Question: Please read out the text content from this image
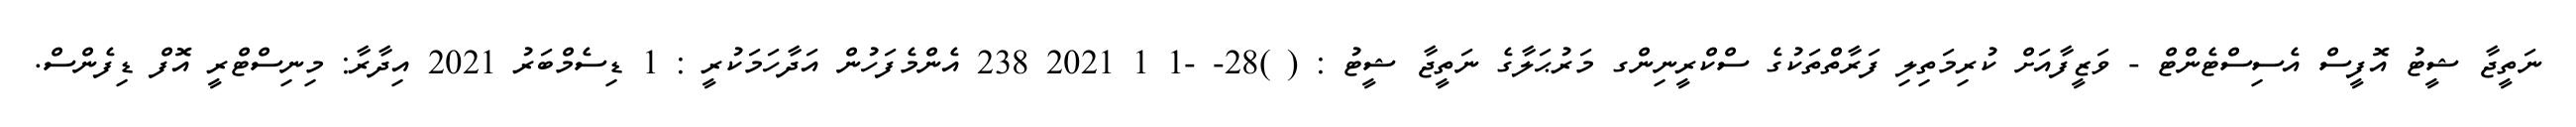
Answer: ނަތީޖާ ޝީޓު އޮފީސް އެސިސްޓެންޓް - ވަޒީފާއަށް ކުރިމަތިލި ފަރާތްތަކުގެ ސްކްރީނިންގ މަރުޙަލާގެ ނަތީޖާ ޝީޓު : ( )28- -1 1 2021 238 އެންމެފަހުން އަދާހަމަކުރީ : 1 ޑިސެމްބަރު 2021 އިދާރާ: މިނިސްޓްރީ އޮފް ޑިފެންސް.